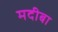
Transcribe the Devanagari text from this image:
मदीबा